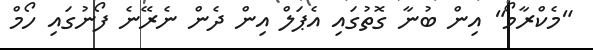
"މެކްރާމޯ" އިން ބުނާ ގޮތުގައި އެޕަލް އިން ދެން ނެރޭނެ ފޯނުގައި ހޯމް